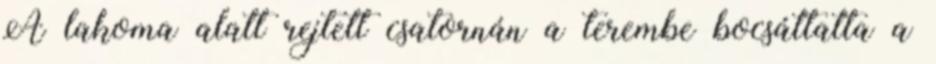
A lakoma alatt rejtett csatornán a terembe bocsáttatta a